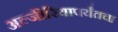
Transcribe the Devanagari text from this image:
अल्जीरियापर्यंतचा